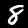
Digit: 8